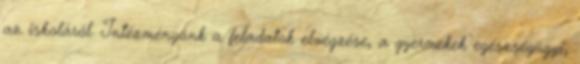
az iskoláról. Intézményünk a feladatok elvégzése, a gyermekek egészségügyi,